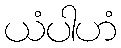
ယံပါဟံ